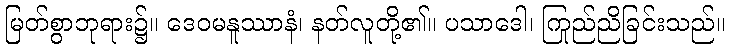
မြတ်စွာဘုရား၌။ ဒေဝမနူဿာနံ၊ နတ်လူတို့၏။ ပသာဒေါ၊ ကြည်ညိုခြင်းသည်။